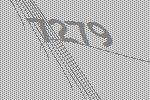
7279